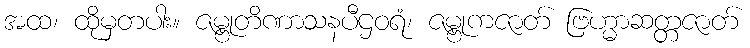
အထ၊ ထိုမှတပါး။ ဇမ္ဗုတိဏာသနပီဌဝရံ၊ ဇမ္ဗုကဇာတ် ဗြဟ္မာဆတ္တဇာတ်